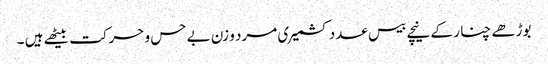
بوڑھے چنا ر کے نیچے بیس عدد کشمیری مرد و زن بے حس و حرکت بیٹھے ہیں ۔